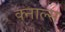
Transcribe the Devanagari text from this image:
क्नाल्स